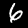
Digit: 6